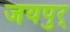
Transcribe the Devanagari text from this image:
जयपुर्